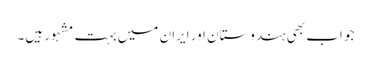
جو اب بھی ہندوستان اور ایران میں بہت مشہور ہیں۔